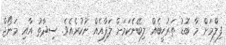
ފިލްމަށް މާ ބޮޑު ތަރުހީބެއް ލިބޭނެކަމަށް ލަފާއެއް ނުކުރެއެވެ. ސިދާތު އާއި މަނޯޖް